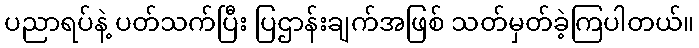
ပညာရပ်နဲ့ ပတ်သက်ပြီး ပြဌာန်းချက်အဖြစ် သတ်မှတ်ခဲ့ကြပါတယ်။